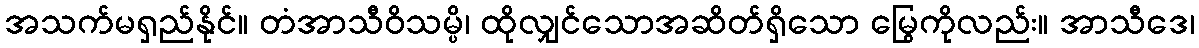
အသက်မရှည်နိုင်။ တံအာသီဝိသမ္ပိ၊ ထိုလျှင်သောအဆိတ်ရှိသော မြွေကိုလည်း။ အာသီဒေ၊